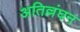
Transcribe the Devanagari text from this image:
अतिल्लंघन